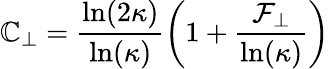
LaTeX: \mathbb{C}_{\perp}=\frac{{\ln(2\kappa)}}{{\ln(\kappa)}}\left(1+\frac{{\mathcal{{F}}_{\perp}}}{{\ln(\kappa)}}\right)